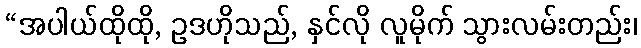
“အပါယ်ထိုထို, ဥဒဟိုသည်, နှင်လို လူမိုက် သွားလမ်းတည်း၊